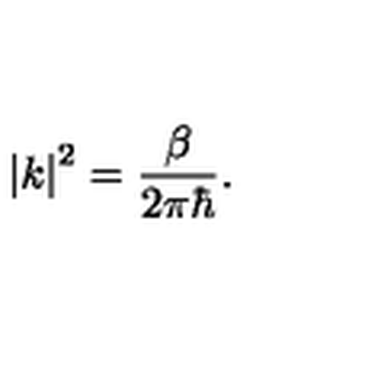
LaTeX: \left| k \right| ^ { 2 } = \frac \beta { 2 \pi \hbar } .